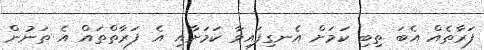
ފަރާތެއް އެބަ ތިބި ކަމަށް އެނގިފައިވާ ކަމަށާއި އެ ފަރާތްތައް އެ ތަނުން